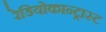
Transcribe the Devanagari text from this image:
रेडियोकान्ट्रास्ट